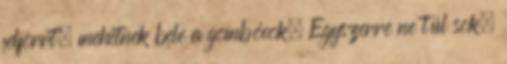
felforrt, mehetnek bele a gombócok. Egyszerre ne túl sok,